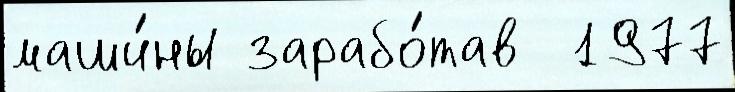
маши́ны зарабо́тав  1977